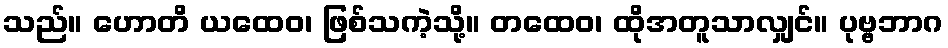
သည်။ ဟောတိ ယထေဝ၊ ဖြစ်သကဲ့သို့။ တထေဝ၊ ထိုအတူသာလျှင်။ ပုဗ္ဗဘာဂ